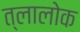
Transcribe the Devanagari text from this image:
त्लालोक